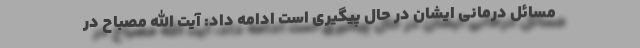
مسائل درمانی ایشان در حال پیگیری است ادامه داد: آیت الله مصباح در